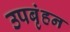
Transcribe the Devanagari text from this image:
उपबृंहन